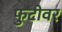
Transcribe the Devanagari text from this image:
फुटीवर